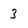
Character: 3